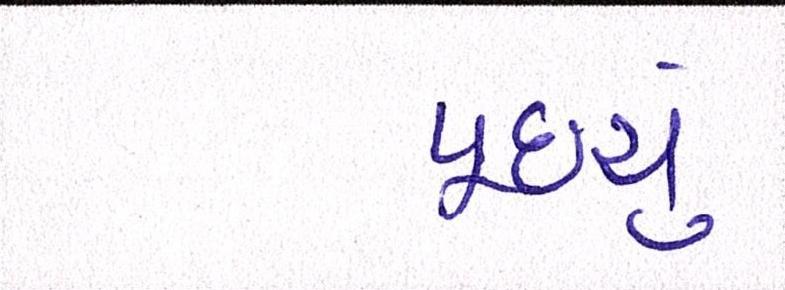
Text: પૂછ્યું